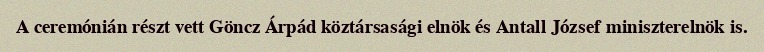
A ceremónián részt vett Göncz Árpád köztársasági elnök és Antall József miniszterelnök is.